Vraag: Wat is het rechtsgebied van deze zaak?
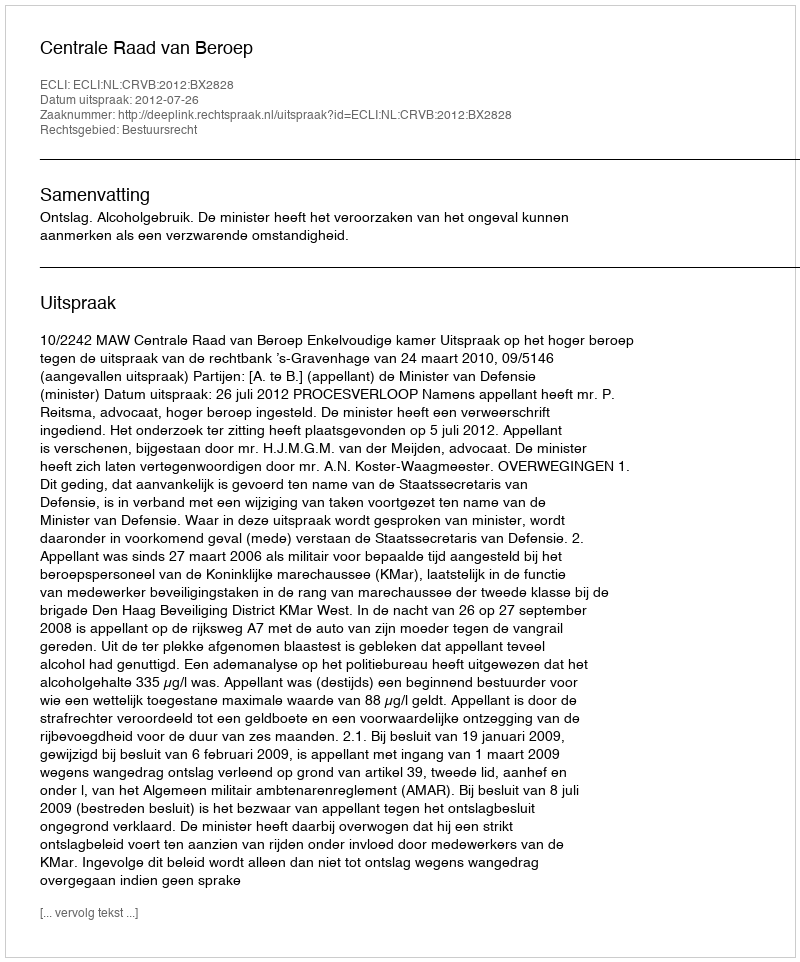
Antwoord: Bestuursrecht